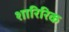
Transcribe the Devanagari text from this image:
शारिरिक